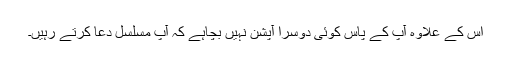
اس کے علاوہ آپ کے پاس کوئی دوسرا آپشن نہیں بچاہے کہ آپ مسلسل دعا کرتے رہیں۔